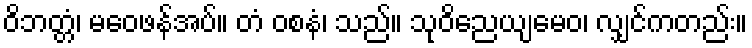
ဝိဘတ္တံ၊ မဝေဖန်အပ်။ တံ ဝစနံ၊ သည်။ သုဝိညေယျမေဝ၊ လျှင်ကတည်း။